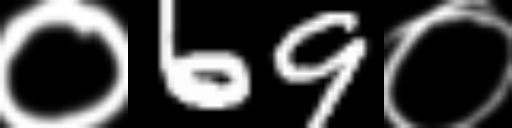
Text: ०69०